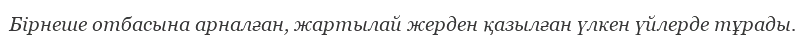
Бірнеше отбасына арналған, жартылай жерден қазылған үлкен үйлерде тұрады.